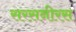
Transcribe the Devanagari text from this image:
सरसनीरस